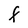
Character: F